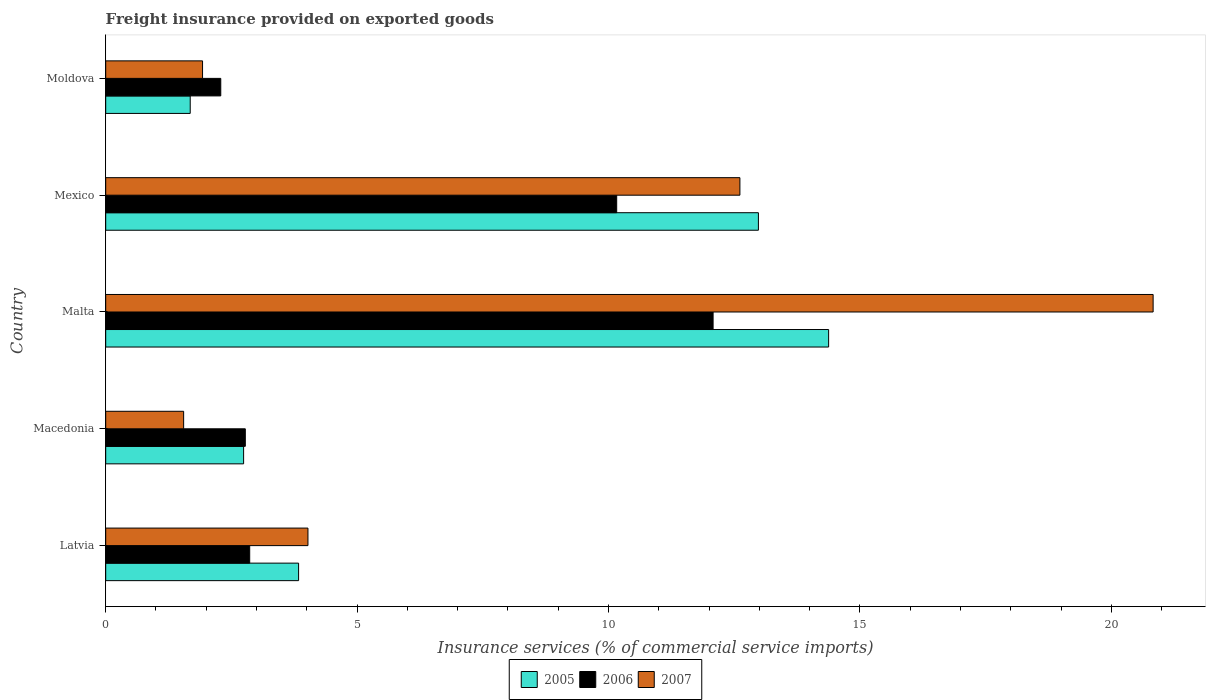
| Country | 2005 | 2006 | 2007 |
 | --- | --- | --- | --- |
 | Latvia | 3.84 | 2.86 | 4.02 |
 | Macedonia | 2.74 | 2.78 | 1.55 |
 | Malta | 14.4 | 12.1 | 20.8 |
 | Mexico | 13 | 10.2 | 12.6 |
 | Moldova | 1.68 | 2.29 | 1.93 |